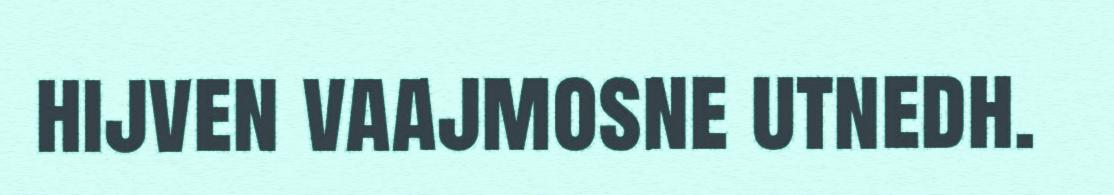
hijven vaajmosne utnedh.